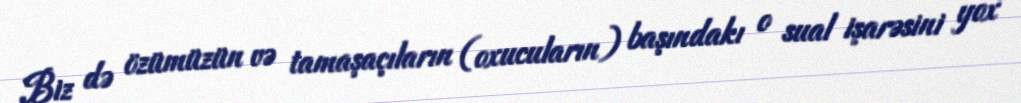
Biz də özümüzün və tamaşaçıların (oxucuların) başındakı o sual işarəsini yox